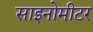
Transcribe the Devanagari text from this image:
साइनोमीटर